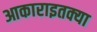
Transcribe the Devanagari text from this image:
आकाराइतक्या